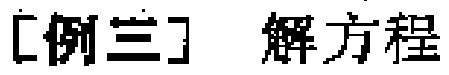
[例三] 解方程